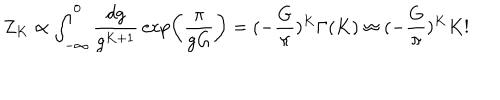
Z _ { K } \propto \int _ { - \infty } ^ { 0 } \frac { d g } { g ^ { K + 1 } } \, \exp \left( \frac { \pi } { g G } \right) = ( - \frac { G } { \pi } ) ^ { K } \Gamma ( K ) \approx ( - \frac { G } { \pi } ) ^ { K } K !